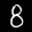
Label: 8